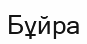
Бұйра